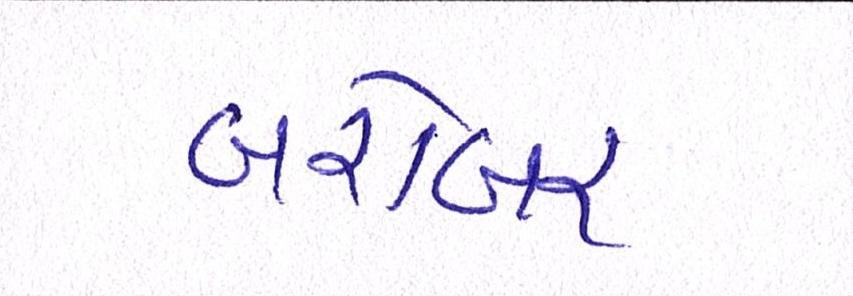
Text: બરોબર